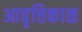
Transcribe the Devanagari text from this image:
आवृत्तिकाळ